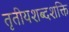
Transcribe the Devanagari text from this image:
तृतीयशब्दशक्ति